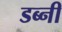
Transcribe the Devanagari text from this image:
डब्नी